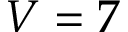
V = 7